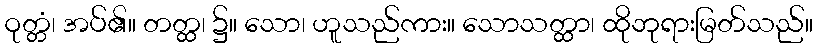
ဝုတ္တံ၊ အပ်၏။ တတ္ထ၊ ၌။ သော၊ ဟူသည်ကား။ သောသတ္ထာ၊ ထိုဘုရားမြတ်သည်။